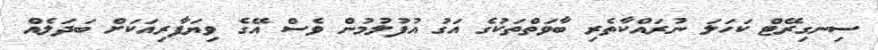
ސިނގިރޭޓް ކަހަލަ ނުރައްކާތެރި ބާވަތްތަކުގެ އަގު އުފުލުމުން ވެސް އޭގެ ވިޔަފާރިއަކަށް ބަދަލެއް